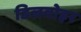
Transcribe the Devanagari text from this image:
डिलवोइर